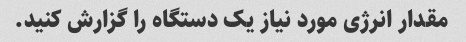
مقدار انرژی مورد نیاز یک دستگاه را گزارش کنید.